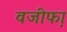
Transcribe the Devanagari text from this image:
वजीफा़